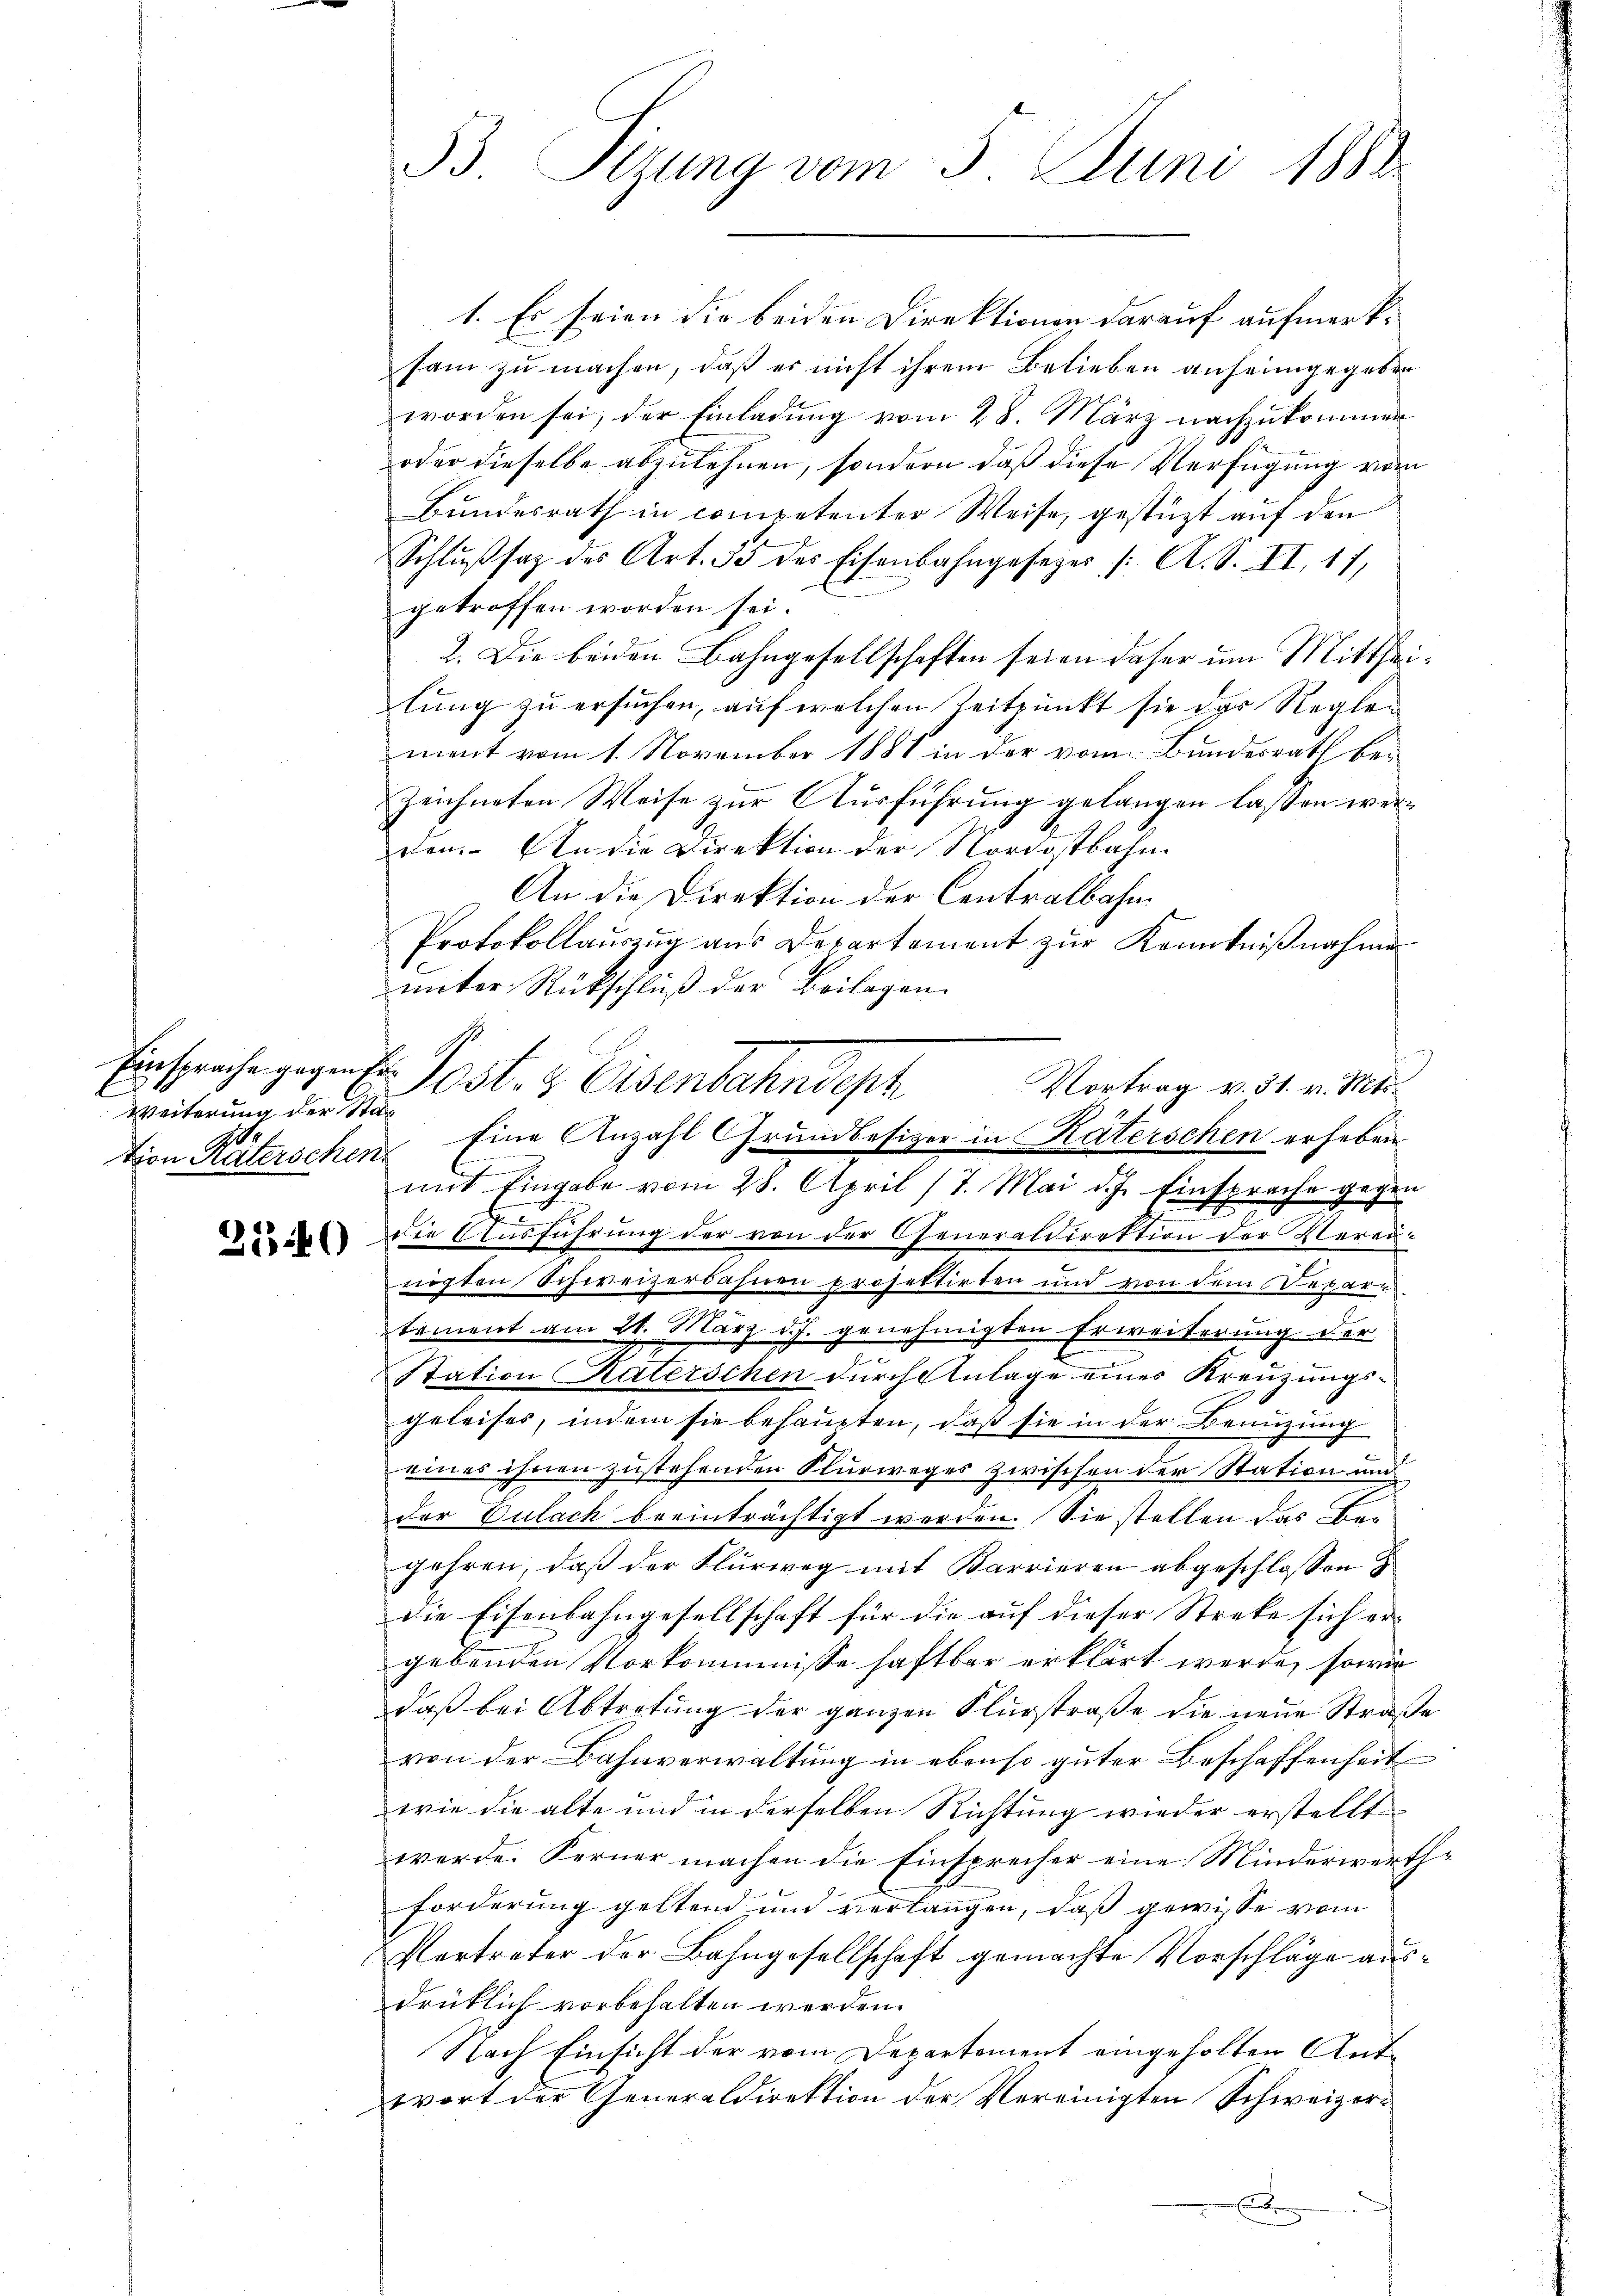
Weiterung der Stat

53 Sizung vom 5. Juni 1888.

1. Es seien die beiden Direktionen darauf aufmerksam zu machen, daß er nicht ihrem Belieben anheimgegeben
worden sei, der Einladŭng vom 28. März nachzukommen
oder dieselbe abzulehnen, sondern daß diese Verfügung vom
Bundesrath in competenter Weise, gestüzt auf den
Schlŭβsaz des Art. 53 des Eisenbahngesezes /: A. S. XI. 17.
getroffen worden sei.
2. Die beiden Bahngesellschaften seien daher um Mittheilung zu ersuchen, auf welchen Zeitpunkt sie das Reglement vom 1. November 1881 in der vom Bundesrath bezeichneten Weise zur Ausführung gelangen lassen werren. An die Direktion der Nordostbahn
An die Direktion der Contralbahn
Protokollauszug aus Departement zur Kenntnißnahme
unter Rückschluß der Beilagen.
Einsprache gegen Ein Post- & Eisenbahndeph

mit Eingabe vom 28. April 17. Mai d. J. Einsprache gegen
 die Ausführung der von der Generaldirektion der Vereinigten Schweizerbahnen prosettirten und von dem Depare
tement am 21. März d. J. genehmigten Erweiterung der
Station Katerschen durch Anlage eines Kreuzungsgeleises, indem sie behaupten, daß sie in der Benuzung
eines ihnen zustehenden Sturweges zwischen der Station und
der Eulach beeinträchtigt werden. Sie stellen das Begehren, daß der Flurweg mit Karrieren abgeschlossen
die Eisenbahngesellschaft für die auf dieser Streke sich er-
gebenden Vorkommnisse haftbar erklärt werde, sowie
daß bei Abtretung der ganzen Flurstraße die neue Straße
von der Bahnverwaltung in ebenso guter Beschaffenheit
wie die alte und in derselben Richtung wieder erstellt
werde. Ferner machen die Einsprecher eine Minderwerthforderung geltend und verlangen, daß gewisse vom
Vertreter der Bahngesellschaft gemachte Vorschläge ausdrüklich vorbehalten werden.
Nach Einsicht der vom Departement eingeholten Antwort der Generaldirektion der Vereinigten Schweizer¬

Vortrag v. 31. v. Mts.
tion Räterschen Eine Anzahl Grundbesizer in Räterschen erheben